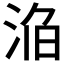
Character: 𣵥